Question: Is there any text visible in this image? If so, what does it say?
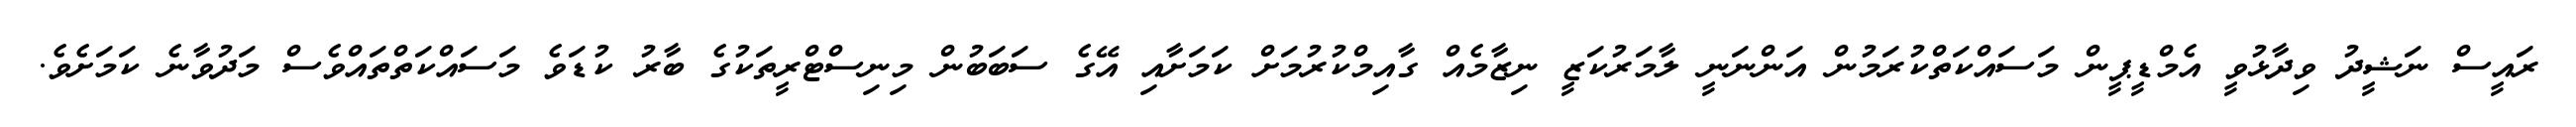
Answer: ރައީސް ނަޝީދު ވިދާޅުވީ އެމްޑީޕީން މަސައްކަތްކުރަމުން އަންނަނީ ލާމަރުކަޒީ ނިޒާމެއް ގާއިމްކުރުމަށް ކަމަށާއި އޭގެ ސަބަބުން މިނިސްޓްރީތަކުގެ ބާރު ކުޑަވެ މަސައްކަތްތައްވެސް މަދުވާނެ ކަމަށެވެ.